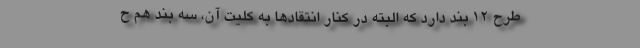
طرح ۱۲ بند دارد که البته در کنار انتقادها به کلیت آن، سه بند هم ح